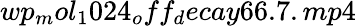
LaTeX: wp_{m}ol_{1}024_{o}ff_{d}ecay66.7.mp4